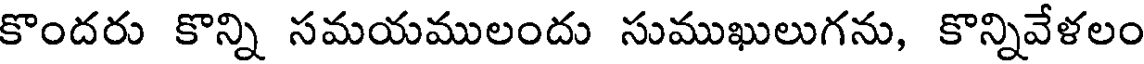
కొందరు కొన్ని సమయములందు సుముఖులుగను, కొన్నివేళలం